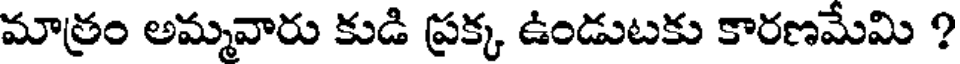
మాత్రం అమ్మవారు కుడి ప్రక్క ఉండుటకు కారణమేమి ?